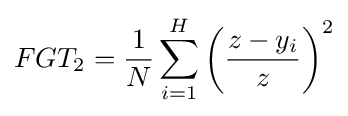
FGT_{2}={\frac {1}{N}}\sum _{i=1}^{H}\left({\frac {z-y_{i}}{z}}\right)^{2}